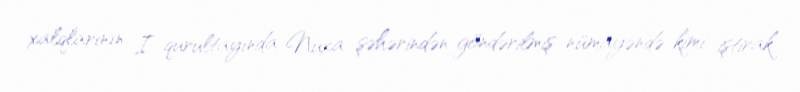
xalqlarının I qurultayında Nuxa şəhərindən göndərilmiş nümayəndə kimi iştirak